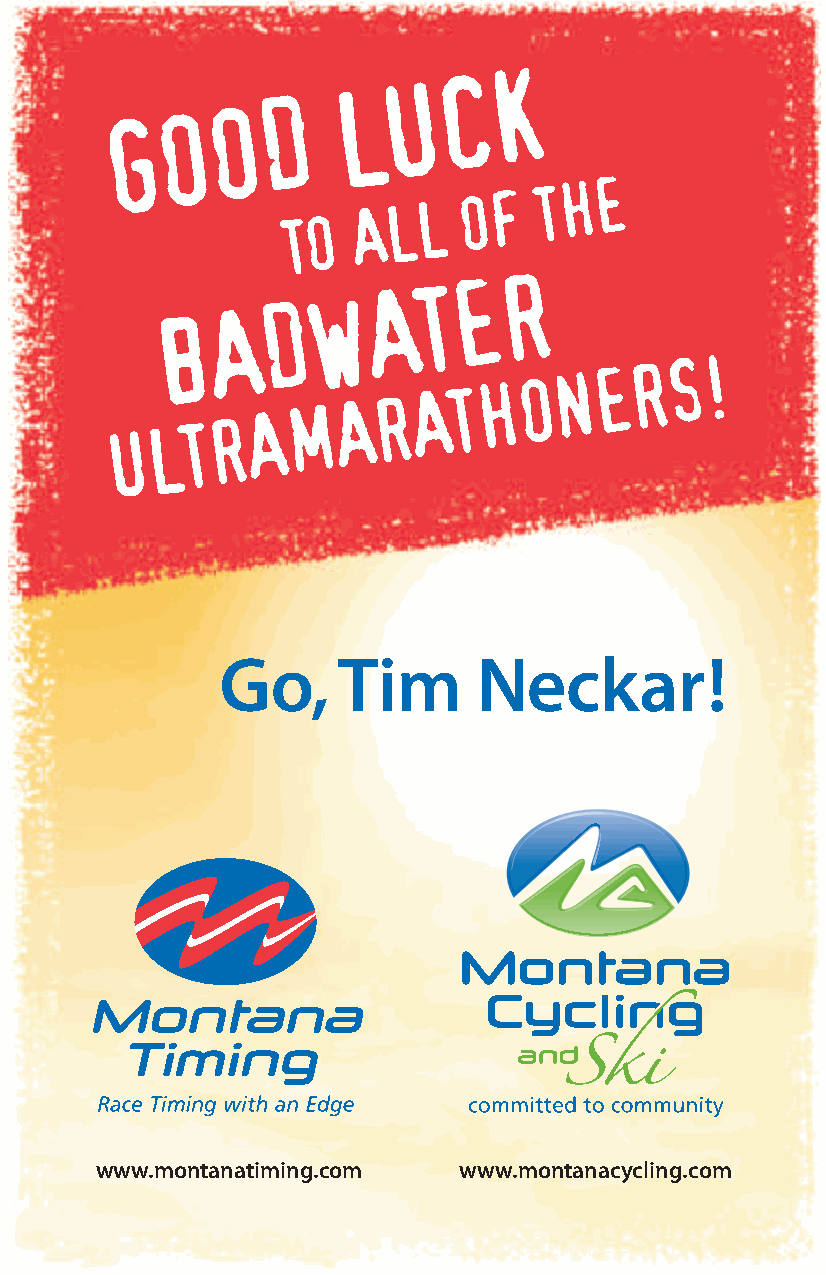
K
 C
 U
 L
 D
 O
 O
 G
 TO
 ALL
 OF
 THE
 R
 ATE
 W
 D
 A
 B
 U
 LTR   A  M  A  R
 AT   H O  N
 ERS     !
 Go,     Tim       Neckar!
 www.montanatiming.com   www.montanacycling.com